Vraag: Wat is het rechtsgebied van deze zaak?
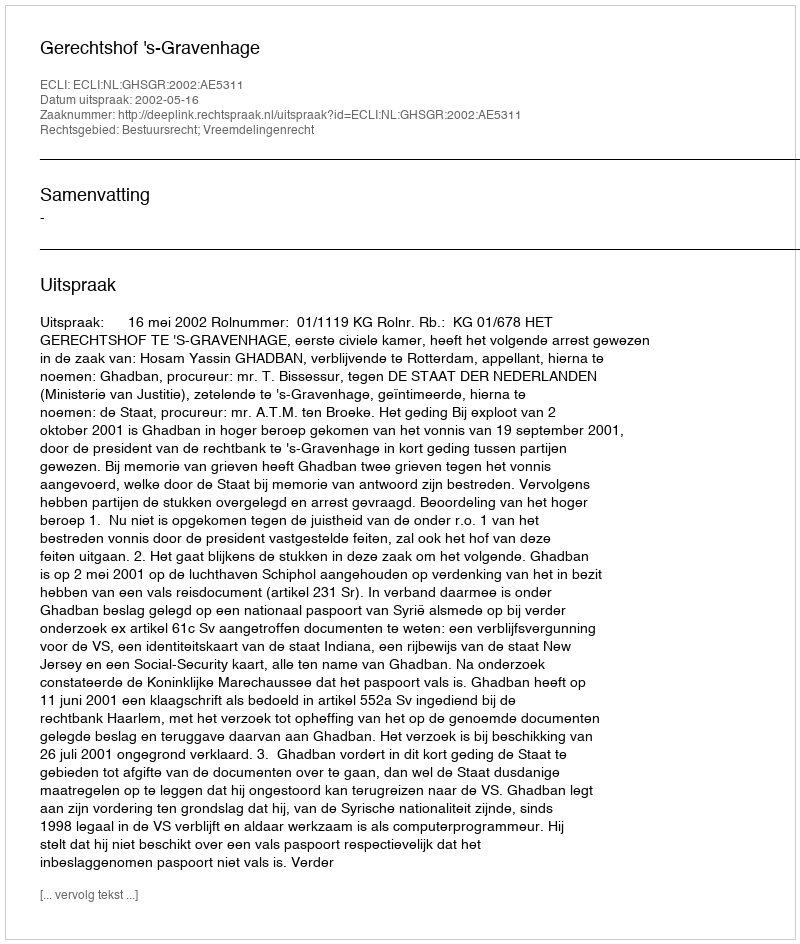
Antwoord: Bestuursrecht; Vreemdelingenrecht